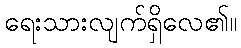
ရေးသားလျက်ရှိလေ၏။